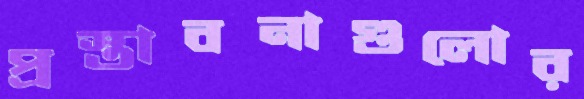
প্রস্তাবনাগুলোর